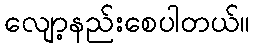
လျော့နည်းစေပါတယ်။